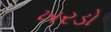
ખરડો